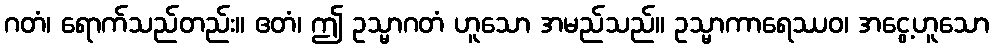
ဂတံ၊ ရောက်သည်တည်း။ ဧတံ၊ ဤ ဥသ္မာဂတံ ဟူသော အမည်သည်။ ဥသ္မာကာရေဿဝ၊ အငွေ့ဟူသော